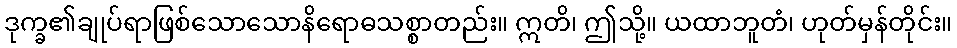
ဒုက္ခ၏ချုပ်ရာဖြစ်သောသောနိရောဓသစ္စာတည်း။ ဣတိ၊ ဤသို့။ ယထာဘူတံ၊ ဟုတ်မှန်တိုင်း။